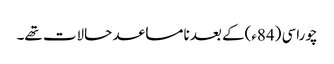
چوراسی (84ء)کے بعد نامساعد حالات تھے۔